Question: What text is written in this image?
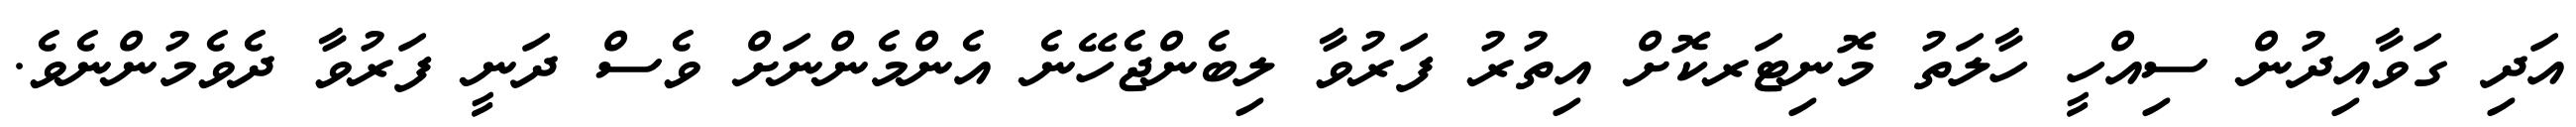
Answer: އަދި ގަވާއިދުން ސިއްހީ ހާލަތު މޮނިޓަރކޮށް އިތުރު ފަރުވާ ލިބެންޖެހޭނެ އެންމެންނަށް ވެސް ދަނީ ފަރުވާ ދެވެމުންނެވެ.